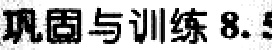
巩固与训练 8.5